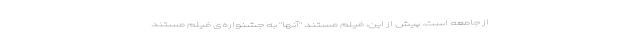
از جامعه‌ است. پیش از این، فیلم مستند "آنها" به جشنواره‌‌ی فیلم مستند